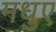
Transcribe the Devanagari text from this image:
मधुए